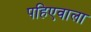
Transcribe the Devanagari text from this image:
पहिएवाला